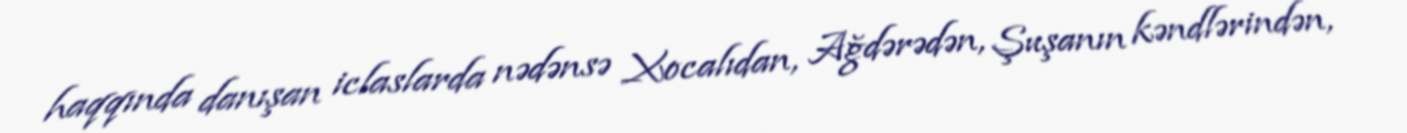
haqqında danışan iclaslarda nədənsə Xocalıdan, Ağdərədən, Şuşanın kəndlərindən,